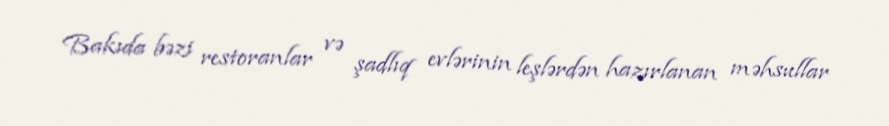
Bakıda bəzi restoranlar və şadlıq evlərinin leşlərdən hazırlanan məhsullar